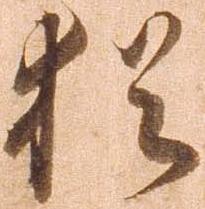
猶